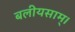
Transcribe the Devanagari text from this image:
बलीयसाम्।